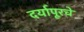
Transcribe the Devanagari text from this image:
दर्यापूरचे